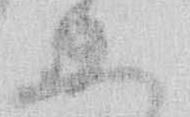
上